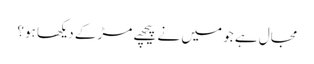
مجال ہے جو میں نے پیچھے مڑ کے دیکھا ہو؟